Problem: 40 + 31 = ?
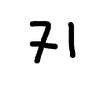
Handwritten answer: 71